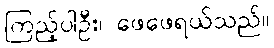
ကြည့်ပါဦး၊ ဖေဖေရယ်သည်။